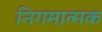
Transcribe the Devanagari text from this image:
निगमात्मक